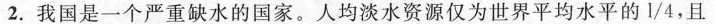
2.我国是一个严重缺水的国家。人均淡水资源仅为世界平均水平的1/4，且